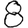
Digit: 8